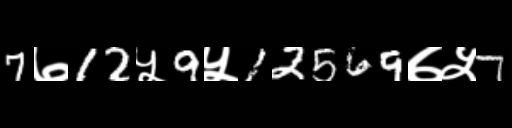
Text: 7७12५9५12569७५7